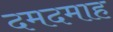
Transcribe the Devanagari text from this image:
दमदमाह